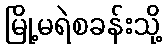
မြို့မရဲစခန်းသို့